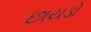
છાયડો